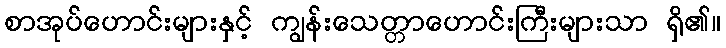
စာအုပ်ဟောင်းများနှင့် ကျွန်းသေတ္တာဟောင်းကြီးများသာ ရှိ၏။